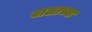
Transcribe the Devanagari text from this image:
वालाच्या